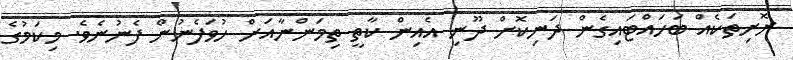
ރޮށިތަކެއް ބަހައްޓައިގެން ދަނިކޮށް ދޫނި އެއިން ކާތީ ތިމަންނާއަށް ހުވަފެނުން ފެނުނެވެ. މިކަމުގެ